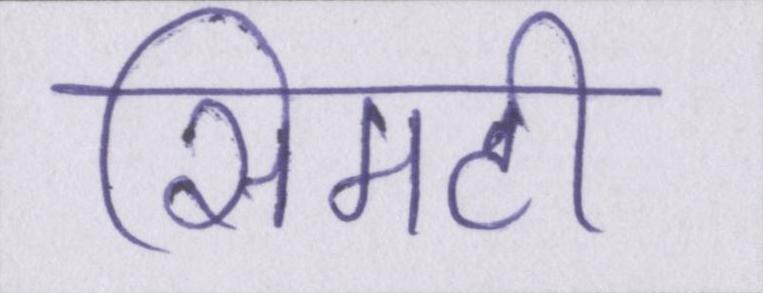
सिमटी